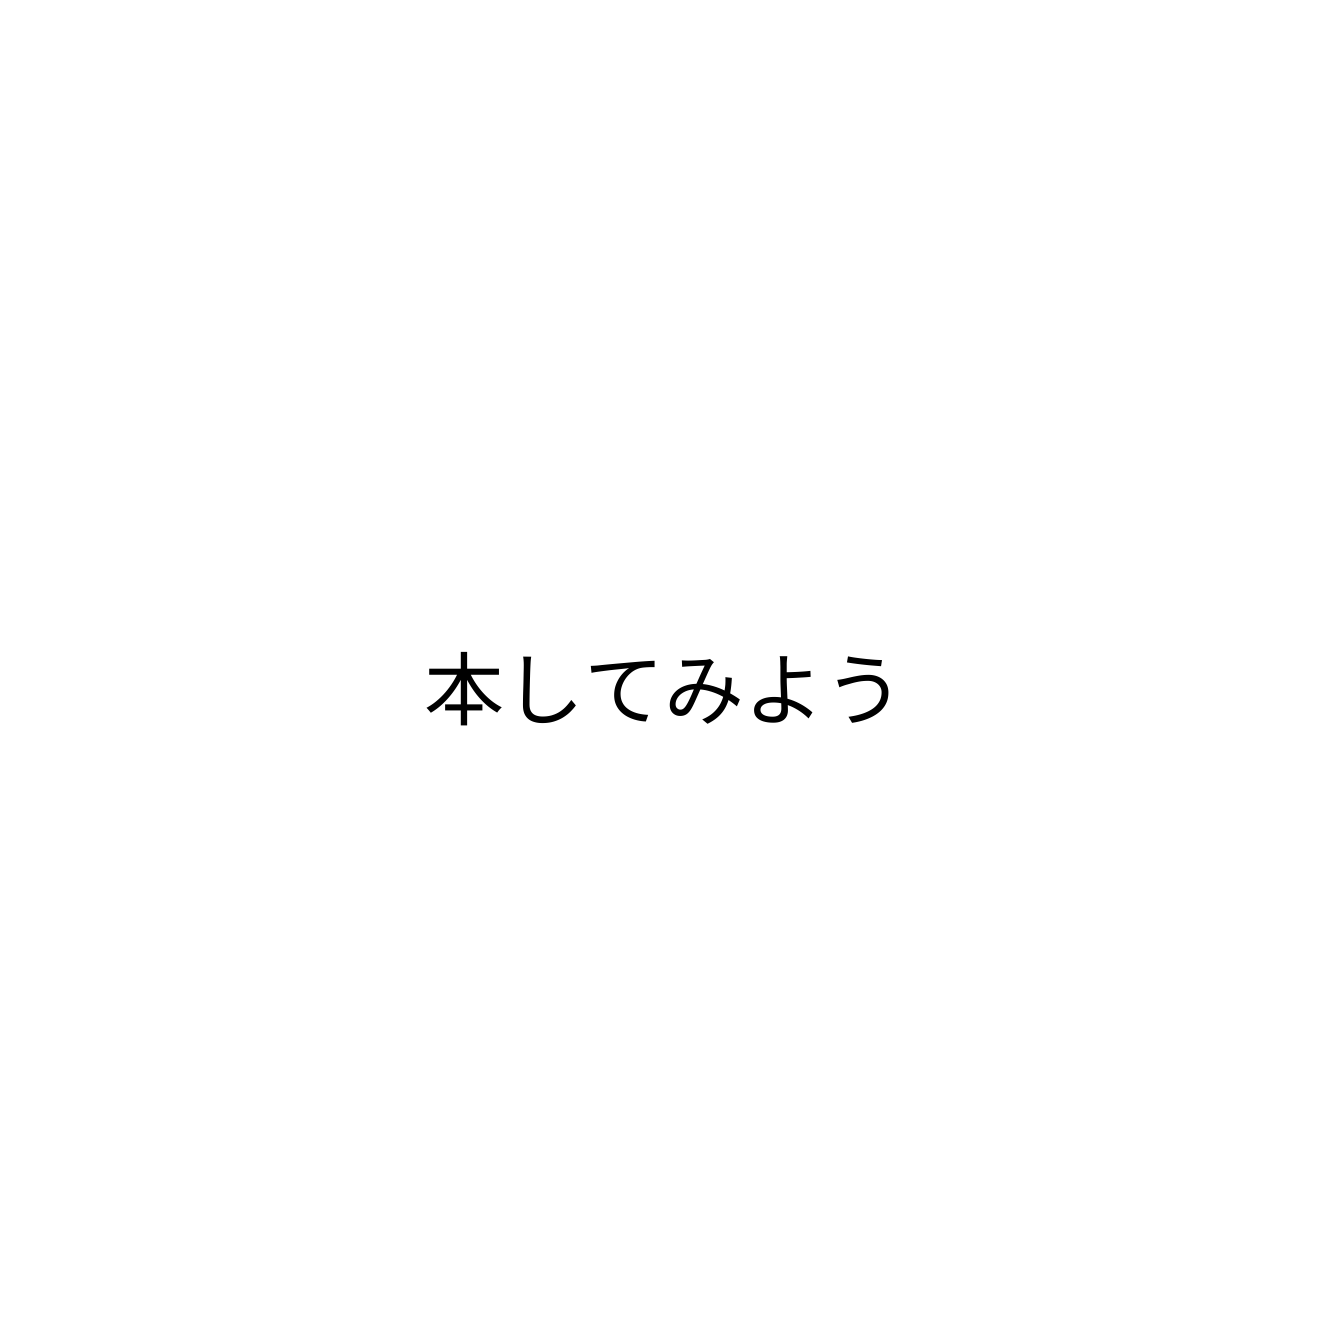
本してみよう